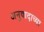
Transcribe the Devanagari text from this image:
अनुवादाच्‍या